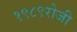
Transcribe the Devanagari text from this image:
१९८९रोजी